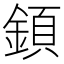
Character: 顉